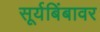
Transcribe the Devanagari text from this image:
सूर्यबिंबावर